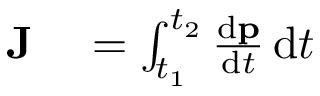
\begin{array} { r l } { \mathbf { J } } & { { } = \int _ { t _ { 1 } } ^ { t _ { 2 } } { \frac { \mathrm { d } \mathbf { p } } { \mathrm { d } t } } \, \mathrm { d } t } \end{array}